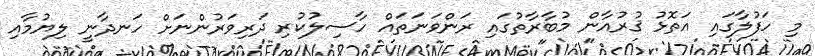
މި ހަފުލާގައި އަތޮޅު ޤުރުއާން މުބާރާތުގައި ރަންވަނަތައް ހާސިލުކުރި ދަރިވަރުންނަށް ހަނދާނީ ލިޔުމާއި